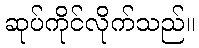
ဆုပ်ကိုင်လိုက်သည်။